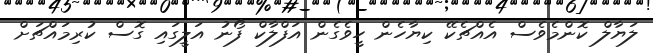
ލަޔާލް ކޮންމެވެސް އެއްޗެކޭ ކިޔާހެން ހީވެގެން އަފްލާކް ފޯނު އަލީގައި ގޮސް ކުރިމައްޗަށް